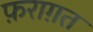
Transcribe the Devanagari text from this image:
फ़राग़त